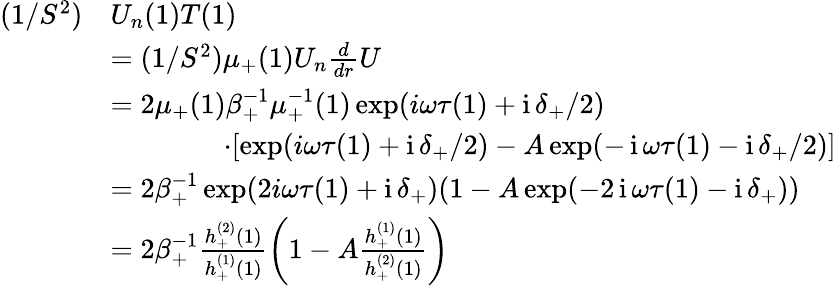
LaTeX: \begin{array}{rl}{(1/S^{2})}&{U_{n}(1)T(1)}\\ &{=(1/S^{2})\mu_{+}(1)U_{n}\frac{d}{dr}U}\\ &{=2\mu_{+}(1)\beta_{+}^{-1}\mu_{+}^{-1}(1)\exp(i\omega\tau(1)+\operatorname{i}\delta_{+}/2)}\\ &{\qquad\qquad\cdot[\exp(i\omega\tau(1)+\operatorname{i}\delta_{+}/2)-A\exp(-\operatorname{i}\omega\tau(1)-\operatorname{i}\delta_{+}/2)]}\\ &{=2\beta_{+}^{-1}\exp(2i\omega\tau(1)+\operatorname{i}\delta_{+})(1-A\exp(-2\operatorname{i}\omega\tau(1)-\operatorname{i}\delta_{+}))}\\ &{=2\beta_{+}^{-1}\frac{h_{+}^{(2)}(1)}{h_{+}^{(1)}(1)}\left(1-A\frac{h_{+}^{(1)}(1)}{h_{+}^{(2)}(1)}\right)}\end{array}